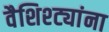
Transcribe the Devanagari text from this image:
वैशिश्ट्यांना